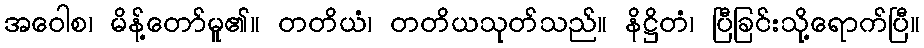
အဝေါစ၊ မိန့်တော်မူ၏။ တတိယံ၊ တတိယသုတ်သည်။ နိဋ္ဌိတံ၊ ပြီခြင်းသို့ရောက်ပြီ။